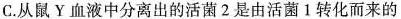
C.从鼠Y血液中分离出的活菌2是由活菌1转化而来的